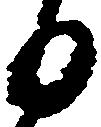
日